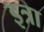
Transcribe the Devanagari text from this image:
इत्रा